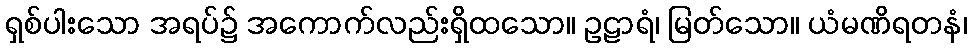
ရှစ်ပါးသော အရပ်၌ အကောက်လည်းရှိထသော။ ဥဠာရံ၊ မြတ်သော။ ယံမဏိရတနံ၊